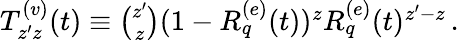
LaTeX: \begin{array}{r}{T_{z^{\prime}z}^{(v)}(t)\equiv\binom{z^{\prime}}{z}(1-R_{q}^{(e)}(t))^{z}R_{q}^{(e)}(t)^{z^{\prime}-z}\, .}\end{array}